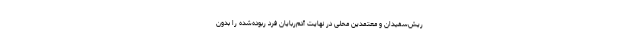
ریش‌سفیدان و معتمدین محلی در نهایت آدم‌ربایان فرد ربوده‌شده را بدون